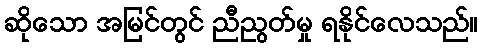
ဆိုသော အမြင်တွင် ညီညွတ်မှု ရနိုင်လေသည်။